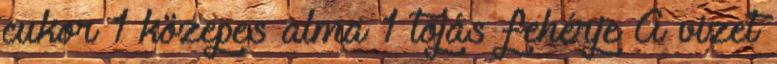
cukor 1 közepes alma 1 tojás fehérje A vizet